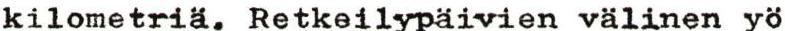
kilometriä. Retkeilypäivien välinen yö